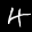
Label: 4